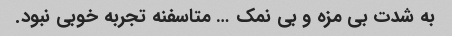
به شدت بی مزه و بی نمک … متاسفنه تجربه خوبی نبود.